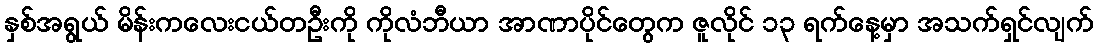
နှစ်အရွယ် မိန်းကလေးငယ်တဦးကို ကိုလံဘီယာ အာဏာပိုင်တွေက ဇူလိုင် ၁၃ ရက်နေ့မှာ အသက်ရှင်လျက်